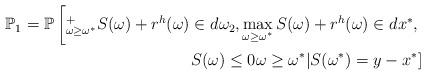
LaTeX: \begin{align*}\mathbb{P}_1=\mathbb{P}\left[^{+}_{\omega \ge \omega^{*}} S(\omega)+r^{h}(\omega) \in d\omega_2, \max\limits_{\omega \ge \omega^{*}} S(\omega)+r^h(\omega) \in dx^{*}, \right.\\\left. S(\omega) \le 0 \omega \ge \omega^{*} \vert S(\omega^{*})=y-x^{*} \right]\end{align*}